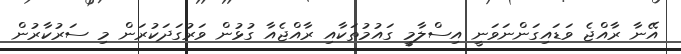
އޭނާ ރާއްޖެ ވަޑައިގަންނަވަނީ އިސްލާމީ ގައުމުތަކާއި ރާއްޖެއާ ގުޅުން ވަރުގަދަކުރަން މި ސަރުކާރުން